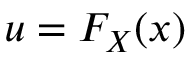
u = F _ { X } ( x )